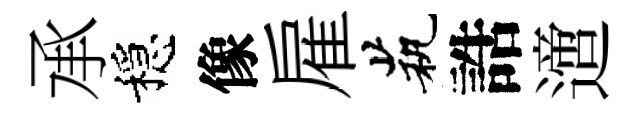
承穩像雇茕誥𨗁